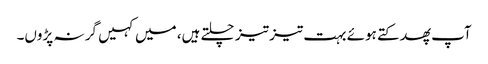
آپ پھدکتے ہوئے بہت تیز تیز چلتے ہیں، میں کہیں گر نہ پڑوں۔